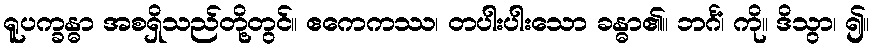
ရူပက္ခန္ဓာ အစရှိသည်တို့တွင်။ ဧကေကဿ၊ တပါးပါးသော ခန္ဓာ၏။ ဘင်္ဂံ၊ ကို။ ဒိသွာ၊ ၍။